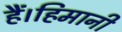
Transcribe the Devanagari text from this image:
हैं।हिमानी